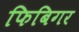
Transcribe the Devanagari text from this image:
फिबिगर